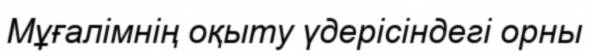
Мұғалімнің оқыту үдерісіндегі орны